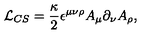
{ \cal L } _ { C S } = \frac { \kappa } { 2 } \epsilon ^ { \mu \nu \rho } A _ { \mu } \partial _ { \nu } A _ { \rho } ,